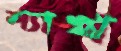
শ্যাখ